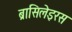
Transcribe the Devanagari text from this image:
ब्रासिलेइरस